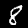
Digit: 8